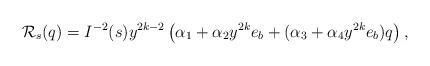
LaTeX: \begin{align*}\mathcal{R}_s(q)= I^{-2}(s)y^{2k-2}\left (\alpha_1+\alpha_2 y^{2k}e_b+(\alpha_3+\alpha_4 y^{2k}e_b)q \right),\end{align*}